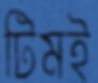
টিমই